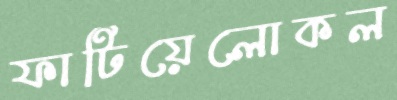
ফাটিয়েলোকল